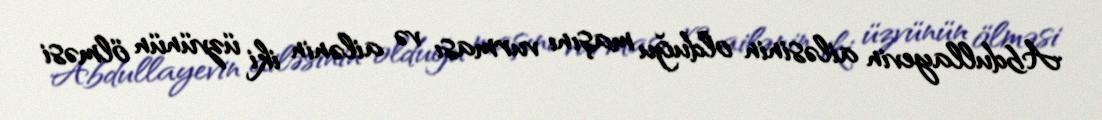
Abdullayevin ailəsinin olduğu maşını vurması və ailənin iki üzvünün ölməsi